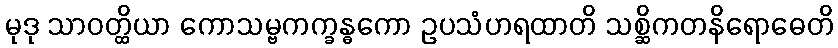
မုဒု သာဝတ္ထိယာ ကောသမ္ဗကက္ခန္ဓကော ဥပသံဟရထာတိ သစ္ဆိကတနိရောဓေတိ